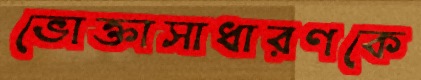
ভোক্তাসাধারণকে